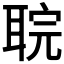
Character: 𮋲